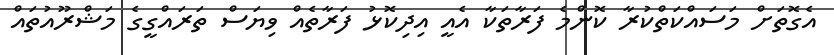
އެގޮތަށް މަސައްކަތްކުރާ ކޮންމެ ފަރާތަކާ އެއީ އިދިކޮޅު ފަރާތެއް ވިޔަސް ތަރައްގީގެ މަޝްރޫއުތައް